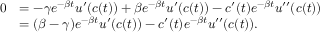
\begin{array} { r l } { 0 } & { = - \gamma e ^ { - \beta t } u ^ { \prime } ( c ( t ) ) + \beta e ^ { - \beta t } u ^ { \prime } ( c ( t ) ) - c ^ { \prime } ( t ) e ^ { - \beta t } u ^ { \prime \prime } ( c ( t ) ) } \\ & { = ( \beta - \gamma ) e ^ { - \beta t } u ^ { \prime } ( c ( t ) ) - c ^ { \prime } ( t ) e ^ { - \beta t } u ^ { \prime \prime } ( c ( t ) ) . } \end{array}